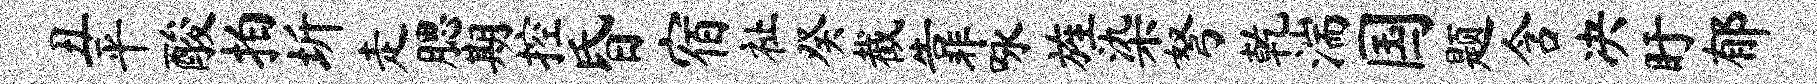
丑平酸拍圻走腮期控昏宿祉癸截靠咏旌染弩乾湍国题含决盱郁